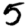
Digit: 5